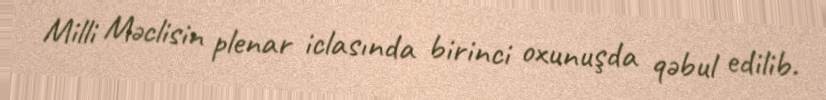
Milli Məclisin plenar iclasında birinci oxunuşda qəbul edilib.